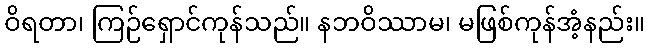
ဝိရတာ၊ ကြဉ်ရှောင်ကုန်သည်။ နဘဝိဿာမ၊ မဖြစ်ကုန်အံ့နည်း။